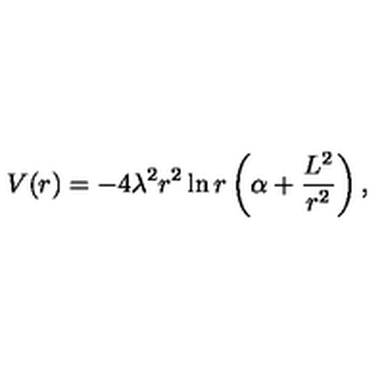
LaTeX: V ( r ) = - 4 \lambda ^ { 2 } r ^ { 2 } \ln r \left( \alpha + \frac { L ^ { 2 } } { r ^ { 2 } } \right) ,